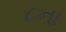
૮ના